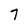
Character: 7